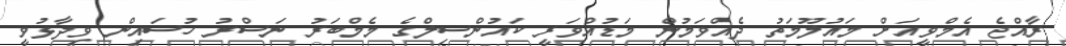
ރާއްޖެ އެމްވީއަށް މައުލޫމަތު ދެއްވަމުން މަޑުއްވަރީ ކައުންސިލްގެ މެމްބަރު ނަސްރު ހުސައިން ވިދާޅުވީ